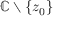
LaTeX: \mathbb { C } \smallsetminus \{ z _ { 0 } \}